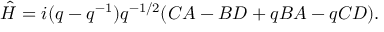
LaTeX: \hat { H } = i ( q - q ^ { - 1 } ) q ^ { - 1 / 2 } ( C A - B D + q B A - q C D ) .